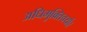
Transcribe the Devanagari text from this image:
अधिमुक्तिचर्या।